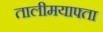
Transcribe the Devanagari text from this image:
तालीमयाफ्ता